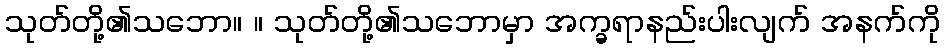
သုတ်တို့၏သဘော။ ။ သုတ်တို့၏သဘောမှာ အက္ခရာနည်းပါးလျက် အနက်ကို